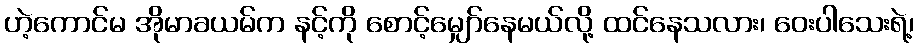
ဟဲ့ကောင်မ အိုမာခယမ်က နင့်ကို စောင့်မျှော်နေမယ်လို့ ထင်နေသလား၊ ဝေးပါသေးရဲ့၊